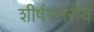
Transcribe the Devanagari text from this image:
शीर्षस्तरीय